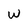
Character: w